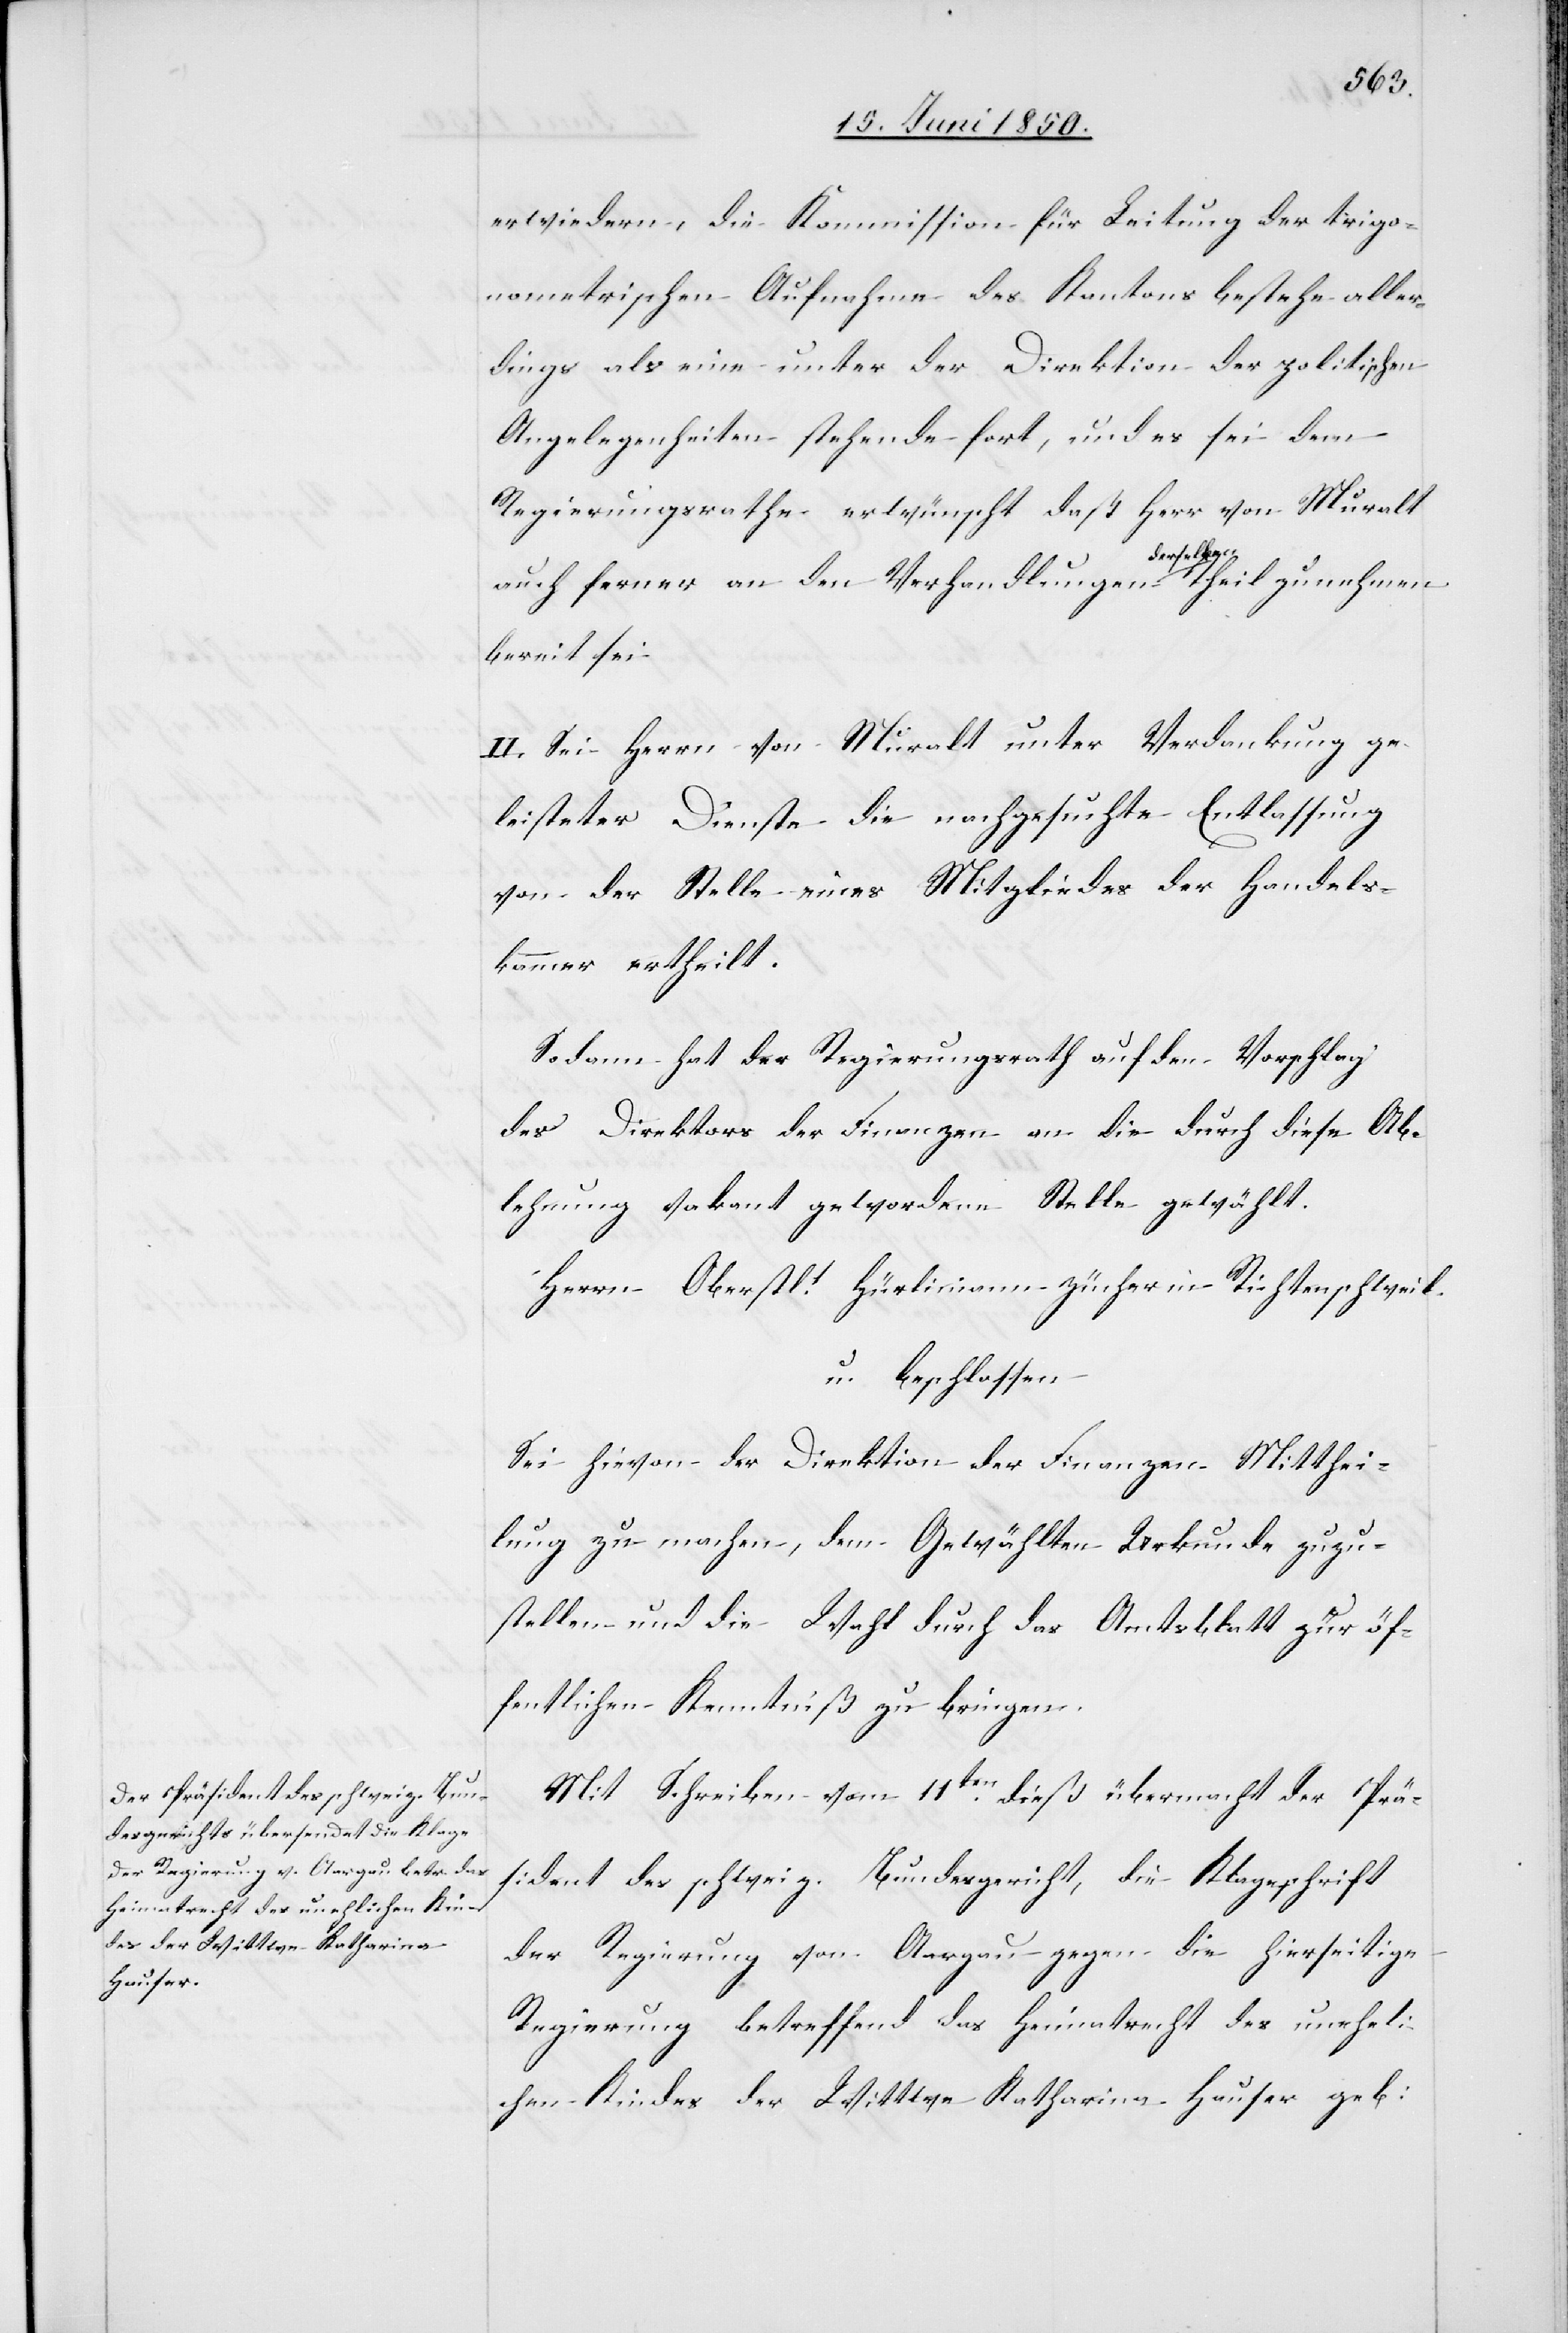
erwiedern, die Kommission für Leitung der trigo¬
nometrischen Aufnahme des Kantons bestehe aller¬
dings als eine unter der Direktion der politischen
Angelegenheiten stehende fort, und es sei dem
Regierungsrathe erwünscht daß Herr von Muralt
auch ferner an den Verhandlungen derselben Theil zu nehmen
bereit sei.
II. Sei Herrn von Muralt unter Verdankung ge¬
leisteter Dienste die nachgesuchte Entlassung
von der Stelle eines Mitgliedes der Handels¬
kammer ertheilt.
Sodann hat der Regierungsrath auf den Vorschlag
des Direktors der Finanzen an die durch diese Ab¬
lehnung vakant gewordene Stelle gewählt.
Herrn Oberstlt. Hürlimann-Zü[r]cher in Richtenschweil.
u. beschlossen
Sei hievon der Direktion der Finanzen Mitthei¬
lung zu machen, dem Gewählten Urkunde zuzu¬
stellen und die Wahl durch das Amtsblatt zur öf¬
fentlichen Kenntniß zu bringen.
Mit Schreiben vom 11ten dieß übermacht der Prä¬
sident des schweiz. Bundesgericht, die Klageschrift
der Regierung von Aargau gegen die hierseitige
Regierung betreffend das Heimatrecht des uneheli¬
chen Kindes der Wittwe Katharina Hauser geb: